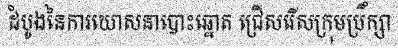
ដំបូងនៃការឃោសនាបោះឆ្នោត ជ្រើសរើសក្រុមប្រឹក្សា